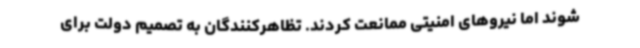
شوند اما نیروهای امنیتی ممانعت کردند. تظاهرکنندگان به تصمیم دولت برای